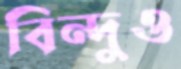
বিন্দুও